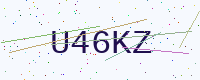
Text: U46KZ